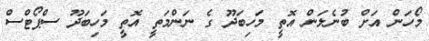
މޯހަން އަށް ބުނެލަން އޮތީ މަހިބަދޫ ގެ ނަންމަތީ އޮތީ މަހިބަދޫ ސްޕޯޓްސް